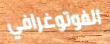
الفوتوغرافي